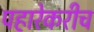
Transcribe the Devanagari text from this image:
पहारेकरीच